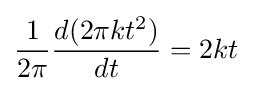
{\frac {1}{2\pi }}{\frac {d(2\pi kt^{2})}{dt}}=2kt~